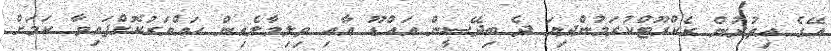
އޭގެ އިތުރުން ރެކްރޫޓްކުރަމުންދިޔަ ދެ ބިދޭސީން އައްޑޫ އާއި ވިލިމާލެއިން ހައްޔަރުކޮށްފައިވާ ކަމަށް